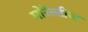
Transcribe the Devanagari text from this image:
मोरैल्टीज